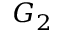
G _ { 2 }